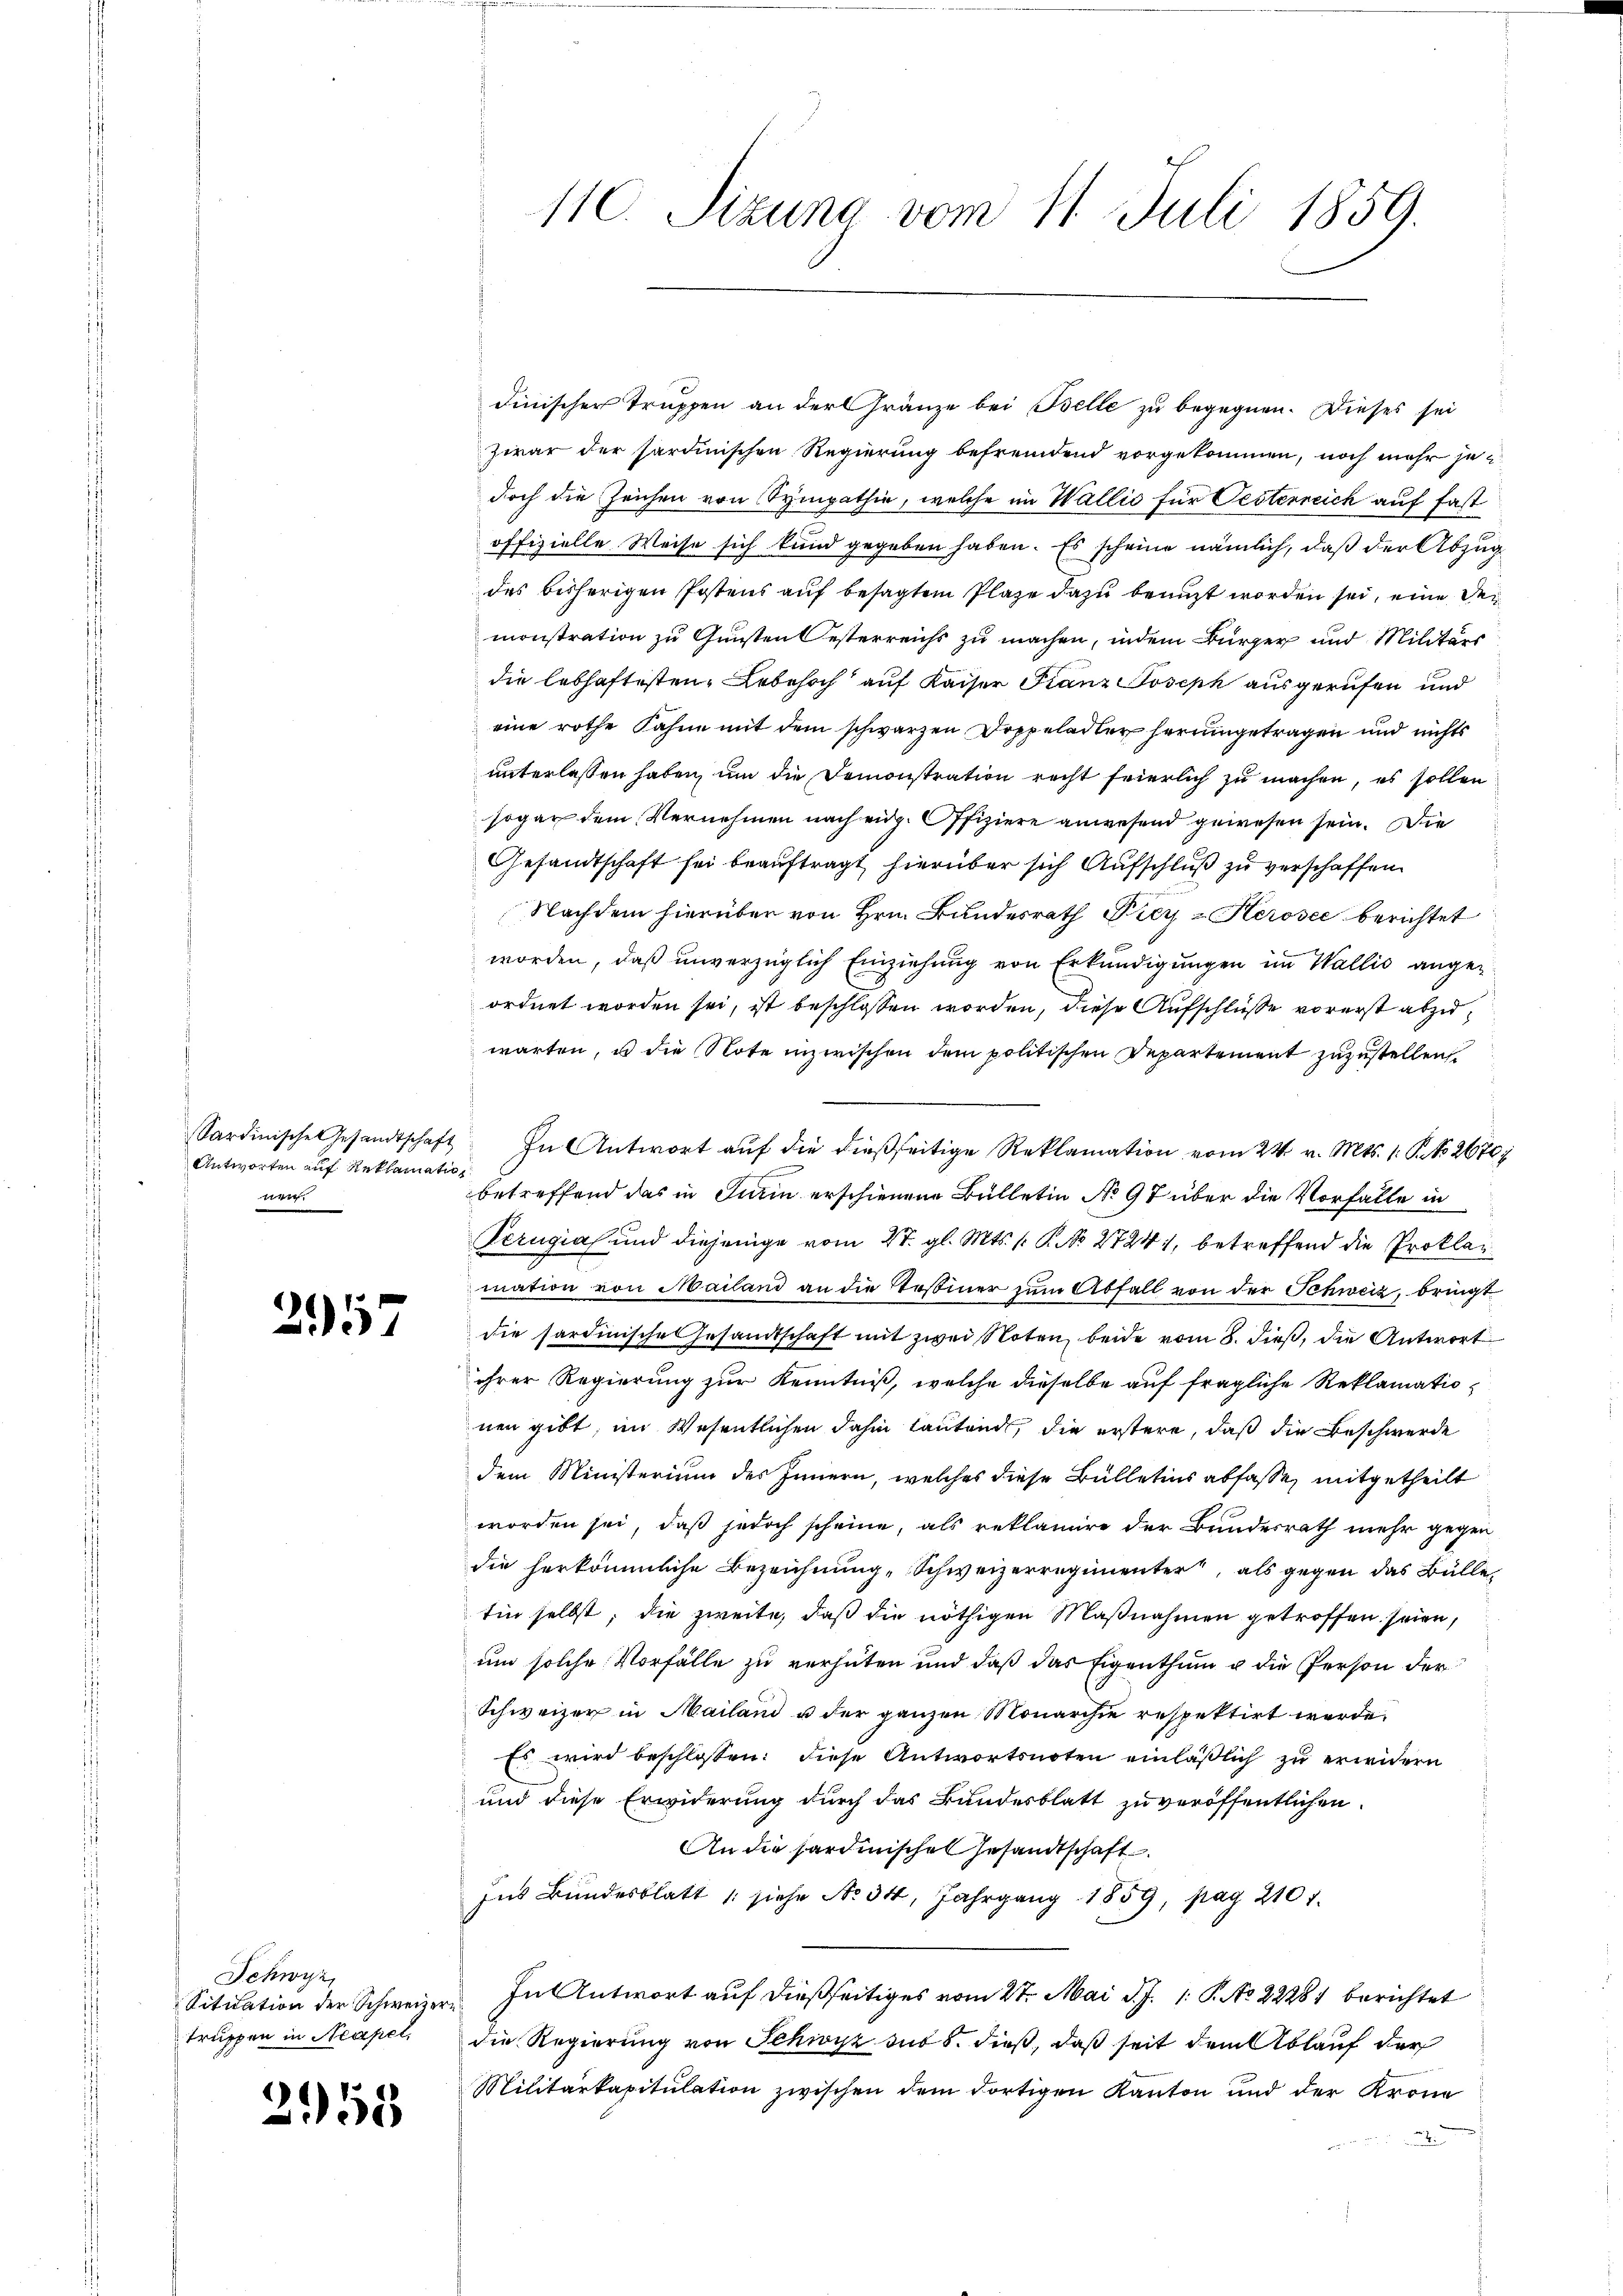
Antworten auf Reklamatio
e

257

Schwyz,
truppen in Neapel,

2158

dinischer Truppen an der Gränze bei Belle zu begegnen. Dieses sei
zwar der sardinischen Regierung befremdend vorgekommen, noch mehr jedoch die Zeichen von Sympathie, welche im Wallis für Pesterreich auf fast
offizielle Weise sich kund gegeben haben. Es scheine nämlich, daß der Abzug
des bisherigen Postens auf besagtem Plaze dazu benuzt worden sei, eine der
monstration zu Gunsten Oesterreichs zu machen, indem Bürger und Militärs
die lebhaftesten Lebe hoch auf Kaiser Franz Joseph ausgerufen und
eine rothe Fahne mit dem schwarzen Doppeladler herumgetragen und nichts
unterlassen haben, um die Demonstration recht feierlich zu machen, es sollen
sogar dem Vernehmen nach eidg. Offiziere anwesend gewesen sein. Die
Gesandtschaft sei beauftragt hierüber sich Aufschluß zu verschaffen.
Nachdem hierüber von Hrn. Bundesrath Fier-Kerosee berichtet
worden, daß unverzüglich Einziehung von Erkundigungen im Wallis angeordnet worden sei, ist beschlossen worden, diese Aufschlüße vorerst abzuwarten, u die Note inzwischen dem politischen Departement zuzustellen.
Sardinische Gesandtschaft. In Antwort aŭf die dießseitige Reklamation vom 24. v. Mts. 1. P. No 2670;
betreffend das in Turin erschienene Bülletin No 97 über die Vorfalle in
Perugia und diejenige vom 27. gl. Mts. P. No 27241, betreffend die Proklamation von Mailand an die Tessiner zum Abfall von der Schweiz, bringt
die sardinische Gesandtschaft mit zwei Noten beide vom 8. dieß, die Antwort
ihrer Regierung zur Kenntniß, welche dieselbe auf fragliche Reklamationen gibt, im Wesentlichen dahin lautend, die erstere, daß die Beschwerde
dem Ministerium des Innern, welches diese Bülletins abfasse, mitgetheilt
worden sei, daß jedoch scheine, als reklamire der Bundesrath mehr gegen
die herkömmliche Bezeichnung „Schweizerregimenter, als gegen das Bülle,
tin selbst; die zweite, daß die nöthigen Maßnahmen getroffen seien,
um solche Vorfälle zu verhüten und daß das Eigenthum u die Person der
Schweizer in Mailand u der ganzen Monarchie respektirt werde.
Es wird beschlossen: diese Antwortsnoten einläßlich zu erwidern
und diese Erwiderung durch das Bundesblatt zu veröffentlichen
An die Hardinischen Gesandtschaft
Ins Bundesblatt /: siehe No. 34, Jahrgang 1859, pag. 2101.
Sitiation der Schweizer. In Antwort auf dießseitiges vom 27. Mai d. J. 1. P. No 22281 berichtet
die Regierung von Schwyz der 5. dieß, daß seit dem Ablauf der
Militärkapitulation zwischen dem dortigen Kanton und der Krone
i

110. Sizung vom 11. Juli 1859.